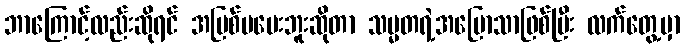
ဘာကြောင့်လည်းဆိုရင် အပြစ်မပေးဘူးဆိုတာ သမ္မတရဲ့အပြောသာဖြစ်ပြီး လက်တွေ့မှာ